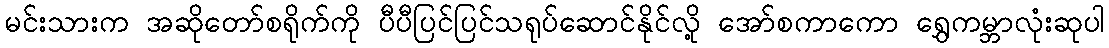
မင်းသားက အဆိုတော်စရိုက်ကို ပီပီပြင်ပြင်သရုပ်ဆောင်နိုင်လို့ အော်စကာကော ရွှေကမ္ဘာလုံးဆုပါ